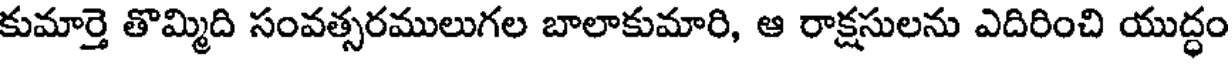
కుమార్తె తొమ్మిది సంవత్సరములుగల బాలాకుమారి, ఆ రాక్షసులను ఎదిరించి యుద్ధం